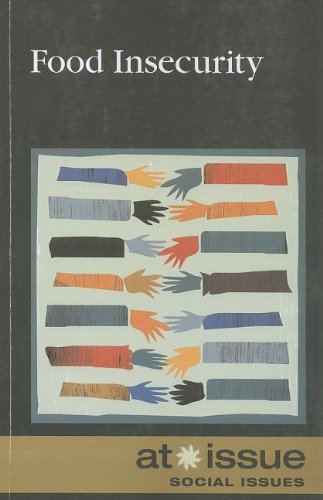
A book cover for Food Insecurity (At Issue); Louise I. Gerdes; Teen & Young Adult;